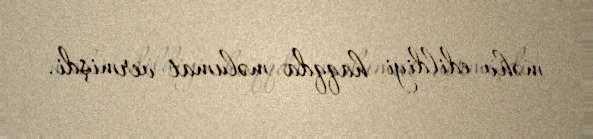
məhv edildiyi haqqda məlumat vermişdi.